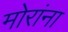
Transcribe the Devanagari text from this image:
मोरांना